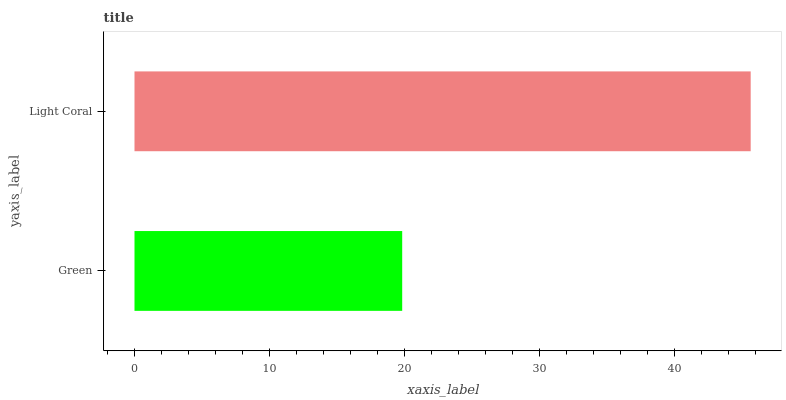
| yaxis_label | bars |
 | --- | --- |
 | Green | 19.8 |
 | Light Coral | 45.6 |